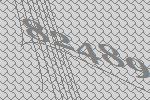
82489